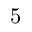
5